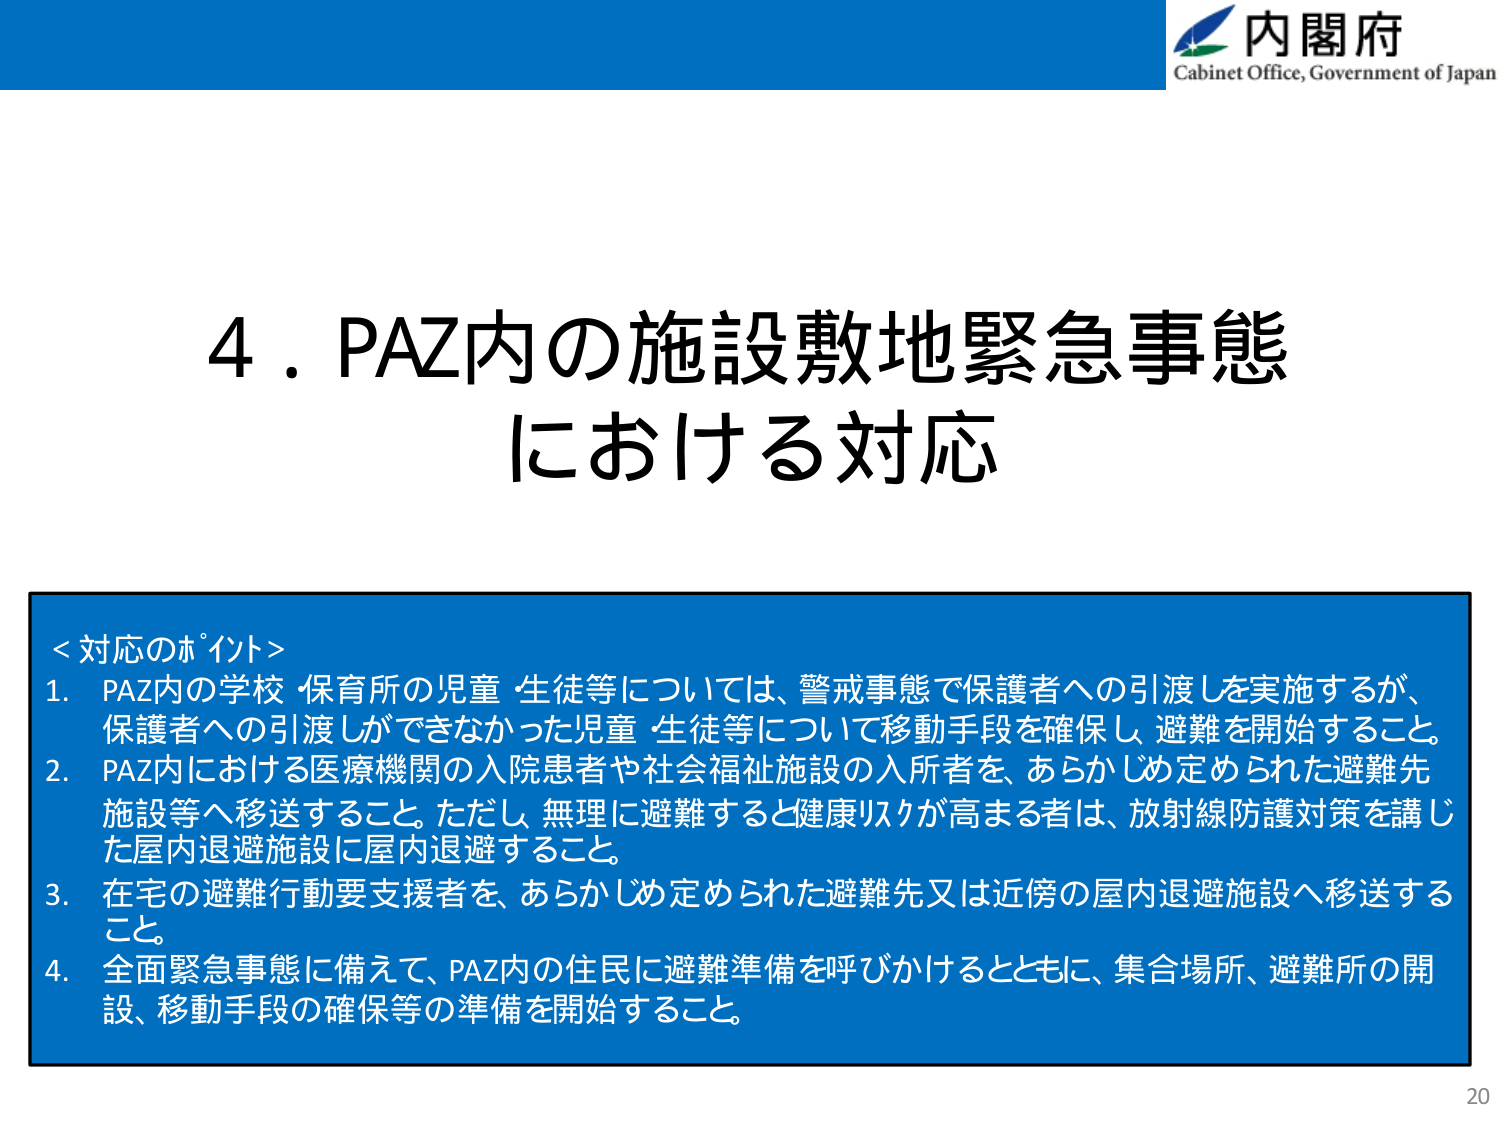
内閣府
Cabinet Office, Government of Japan

4．PAZ内の施設敷地緊急事態
における対応

＜対応のポイント＞
1．PAZ内の学校・保育所の児童・生徒等については、警戒事態で保護者への引渡しを実施するが、
保護者への引渡しができなかった児童・生徒等について移動手段を確保し、避難を開始すること。
2．PAZ内における医療機関の入院患者や社会福祉施設の入所者を、あらかじめ定められた避難先
施設等へ移送すること。ただし、無理に避難すると健康リスクが高まる者は、放射線防護対策を講じ
た屋内退避施設に屋内退避すること。
3．在宅の避難行動要支援者を、あらかじめ定められた避難先又は近傍の屋内退避施設へ移送する
こと。
4．全面緊急事態に備えて、PAZ内の住民に避難準備を呼びかけるとともに、集合場所、避難所の開
設、移動手段の確保等の準備を開始すること。

20